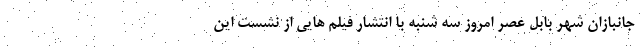
جانبازان شهر بابل عصر امروز سه شنبه با انتشار فیلم هایی از نشست این